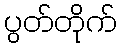
ပွတ်တိုက်